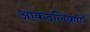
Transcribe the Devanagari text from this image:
आकंदलिकाएँ